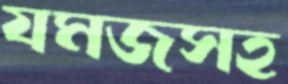
যমজসহ